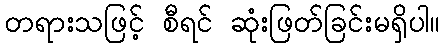
တရားသဖြင့် စီရင် ဆုံးဖြတ်ခြင်းမရှိပါ။